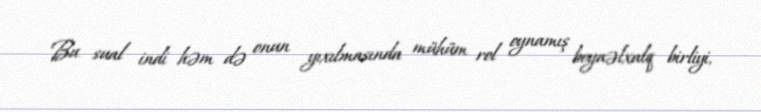
Bu sual indi həm də onun yıxılmasında mühüm rol oynamış beynəlxalq birliyi,